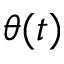
\theta ( t )